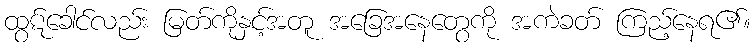
ထွဋ်ခေါင်လည်း မြတ်ကိုနှင့်အတူ အခြေအနေတွေကို အကဲခတ် ကြည့်နေရ၏။